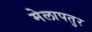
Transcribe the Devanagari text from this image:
मेलापतुर